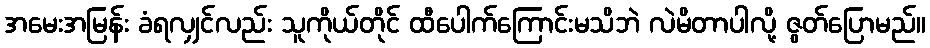
အမေးအမြန်း ခံရလျှင်လည်း သူကိုယ်တိုင် ထီပေါက်ကြောင်းမသိဘဲ လဲမိတာပါလို့ ဇွတ်ပြောမည်။